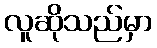
လူဆိုသည်မှာ